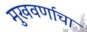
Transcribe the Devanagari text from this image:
मुखवर्णाचा